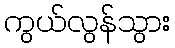
ကွယ်လွန်သွား